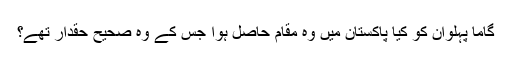
گاما پہلوان کو کیا پاکستان میں وہ مقام حاصل ہوا جس کے وہ صحیح حقدار تھے؟